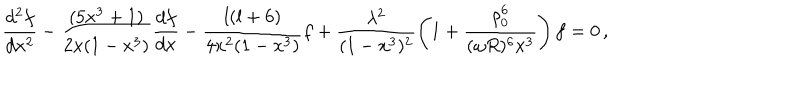
\frac { d ^ { 2 } f } { d x ^ { 2 } } - \frac { ( 5 x ^ { 3 } + 1 ) } { 2 x ( 1 - x ^ { 3 } ) } \frac { d f } { d x } - \frac { l ( l + 6 ) } { 4 x ^ { 2 } ( 1 - x ^ { 3 } ) } f + \frac { \lambda ^ { 2 } } { ( 1 - x ^ { 3 } ) ^ { 2 } } \left( 1 + \frac { \rho _ { 0 } ^ { 6 } } { ( \omega R ) ^ { 6 } x ^ { 3 } } \right) f = 0 \, ,